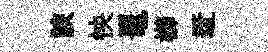
諛怏鼉櫛迓